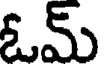
ఓమ్